Vital statistics of India. Vol. IV, Annual returns from 1871 to 1876. British Army of India, Native Army and jails of Bengal
Year: 1871
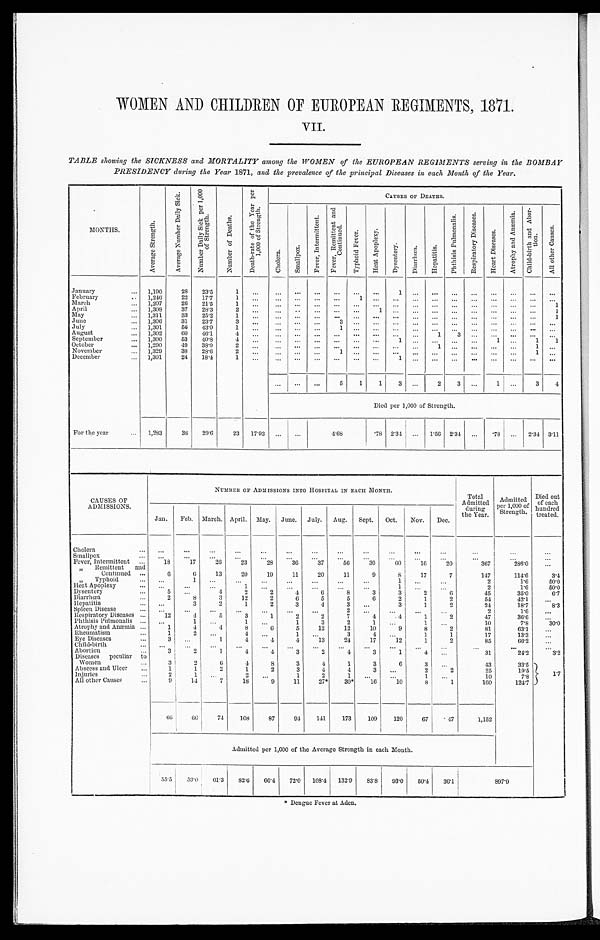
WOMEN AND CHILDREN OF EUROPEAN REGIMENTS, 1871.
VII.
TABLE showing the SICKNESS and MORTALITY among the WOMEN of the EUROPEAN REGIMENTS serving in the BOMBAY
PRESIDENCY during the Year 1871, and the prevalence of the principal Diseases in each Month of the Year.
M O N T H S .
A v e r a g e S t r e n g t h .
A v e r a g e N u m b e r D a i l y S i c k .
N u m b e r D a i l y S i c k p e r 1 , 0 0 0 o f S t r e n g t h .
N u m b e r o f D e a t h s .
D e a t h - r a t e o f t h e Y e a r p e r 1 , 0 0 0 o f S t r e n g t h .
C A U S E S O F D E A T H S .
C h o l e r a .
S m a l l p o x .
F e v e r , I n t e r m i t t e n t .
F e v e r R e m i t t e n t a n d C o n t i n u e d .
T y p h o i d F e v e r .
H e a t A p o p l e x y .
D y s e n t e r y .
D i a r r h œ a .
H e p a t i t i s .
P h t h i s i s P u l m o n a l i s .
R e s p i r a t o r y D i s e a s e s .
H e a t D i s e a s e s .
A t r o p h y a n d A n æ m i a .
C h i l d - b i r t h a n d A b o r - t i o n .
A l l o t h e r C
January
1 , 1 9 0
2 8
2 3 · 5
1
. . .
. . .
. . .
. . .
. . .
. . .
. . .
1
. . .
. . .
. . .
. . .
. . .
. . .
. . .
. . .
F e b r u a r y
1 , 2 4 6
2 2
1 7 · 7
1
. . .
. . .
. . .
. . .
. . .
1 . . .
. . .
. . .
. . .
. . .
. . .
. . .
. . .
. . .
. . .
M a r c h 1 , 2 0 7
2 6
2 1 · 5
1
. . .
. . .
. . .
. . .
. . .
. . .
. . .
. . .
. . .
. . .
. . .
. . .
. . .
. . .
. . .
A p r i l
1 , 3 0 8
3 7
2 8 · 3
2
. . .
. . .
. . .
. . .
. . .
. . .
1 . . .
. . .
. . .
. . .
. . .
. . .
. . .
. . .
M a y
1 , 3 1 1
3 3 2 5 · 2
1
. . .
. . .
. . .
. . .
. . .
. . .
. . .
. . .
. . . . . .
. . .
. . .
. . .
. . .
. . . 1
J u n e
1 , 3 0 6
3 1
2 3 · 7
3
. . .
. . .
. . .
. . . 3
. . .
. . .
. . .
. . .
. . .
. . .
. . .
. . . . . .
. . .
. . .
J u l y
1 , 3 0 1
5 6
4 3 · 0
1
. . .
. . .
. . .
. . . 1
. . .
. . .
. . .
. . .
. . .
. . .
. . .
. . .
. . .
. . .
. . .
A u g u s t
1 , 3 0 2
6 0
4 6 · 1
4 . . .
. . .
. . .
. . .
. . .
. . .
. . .
. . . . . .
1
3 . . .
. . .
. . .
. . . . . .
S e p t e m b e r
1 , 3 0 0
5 3
4 0 · 8
4
. . .
. . .
. . .
. . .
. . .
. . . . . .
1
. . .
. . .
. . .
. . .
1
. . .
1 1
O c t o b e r
1 , 2 9 0
4 9
3 8 · 0
2 . . .
. . .
. . .
. . .
. . .
. . .
. . .
. . . . . .
1 . . .
. . .
. . .
. . .
1 . . .
N o v e m b e r 1 , 3 2 9
3 8
2 8 · 6
2
. . .
. . .
. . .
. . . 1
. . .
. . .
. . .
. . . . . .
. . .
. . .
. . . . . .
1 . . .
D e c e m b e r
1 , 3 0 1
2 4
1 8 · 4
1
. . .
. . . . . .
. . .
. . .
. . .
. . . 1
. . .
. . .
. . .
. . .
. . .
. . .
. . .
. . .
5
1
1
3 . . .
2 3
. . .
1 . . .
3 4
Di ed per 1, 000 of St rengt h.
F o r t h e y e a r
1 , 2 8 3
3 8
2 9 · 6
2 3
1 7 · 9 3
. . .
. . .
4 · 6 8
· 7 8
2 · 3 4 . . .
1 · 5 6
2 · 3 4
. . .
· 7 8
. . .
2 · 3 4
3 · 1 1
CAUSES OF
ADMISSIONS.
NUMBER OFADMISSIONS INTO HOSPITAL IN EACH MONTH.
Total
Admitted
during
the Year.
Admitted
per 1,000 of
Strength.
Died out
of each
hundred
treated.
Jan. Feb. March. April. May. June. July. Aug. Sept. Oct. Nov. Dec.
Cholera
...
...
. . .
. . .
...
...
. . .
...
...
...
...
...
...
. . .
...
Smallpox ...
. . .
...
. . .
...
...
...
...
...
...
. . .
. . .
. . .
. . .
. . .
Fever, Intermittent
18
17
26 23
28
36
37
56
30
60
16
2 0
367
286·0
. . .
" Remittent and
Continued
6
0
13
20
19
11
20
11
9
8
17
7
147
114·6
3·4
" Typhoid
...
1
. . .
. . .
...
...
...
...
...
1
. . .
. . . 2
1·6
50·0
Heat Apoplexy
...
...
. . .
1
. . .
...
. . .
...
...
1
. . .
...
2
1·6
50·0
Dysentery
5 ...
4
2
2
4
6
8
3
3
2
6
45
35·0
6·7
Diarrhœa
2
8
3
12
2
6
5
5
6
2
1
2
54
42·1
. . .
Hepatitis
...
3
2
1
2
3
4
3
. . .
3
1
2
24
18·7
8 · 3
Spleen Disease
. . .
. . .
. . .
. . .
. . .
. . .
. . .
. . .
. . .
. . .
. . .
. . . 2
1·6
. . .
Respiratory Diseases
12
4
5
3
1
2
2
7
4
4
1
2
47
36·6
...
Pht hi si s Pul monal i s ...
1 ...
1
. . .
1
3
2
1
. . .
1
. . . 10
7·8
3 0 . 0
Atrophy and Anæmia
1
4
4
8
6
5
12
12
10
9
8
2
81
63·1
. . .
Rheumatism
1
2
. . .
4
. . .
1
. . .
3
4
. . .
1
1
17
13·3
. . .
Eye Diseases
3 . . .
1
4
4
4
13
24
17
12
1
2
8 5
6 6 · 2
. . .
Child-birth
...
. . .
...
. . .
. . .
. . .
. . .
. . .
. . .
. . .
. . .
. . .
. . .
. . .
. . .
Abortion
3
2
1
4
4
3
2
4
3
1
4
. . .
3 1
2 4 · 2
3 . 2
Diseases peculiar to
Women
3
2
6
4
8
3
4
1
3
6
3
. . .
4 3
33·5
Abscess and Ulcer
1
1
2
1
2
3
4
1
3 ...
2
2
2 5
19·5
1·7
Injuries
2
1
. . .
2
. . .
1
2
1 ...
. . .
1
. . . 10
7·8
All other Causes
9
14
7
18
9
11
27*
30*
16
10
8
1
160
124·7
66
6 6
74
108
87
9 4
141
173
109
120
67
47 1,152
Admitted per 1,000 of the Average Strength in each Month.
55·5 53·0 61·3
82·6 66·4
72·0 108·4 132·9 83·8 93·0 50·4 36·1
897·9